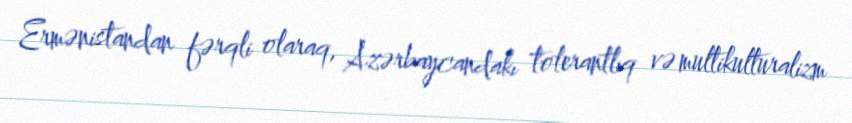
Ermənistandan fərqli olaraq, Azərbaycandakı tolerantlıq və multikulturalizm